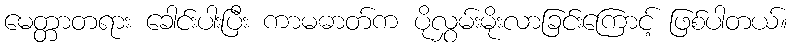
မေတ္တာတရား ခေါင်းပါးပြီး ကာမဓာတ်က ပိုလွှမ်းမိုးလာခြင်းကြောင့် ဖြစ်ပါတယ်။